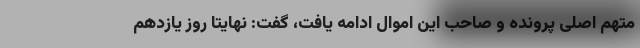
متهم اصلی پرونده و صاحب این اموال ادامه یافت، گفت: نهایتا روز یازدهم